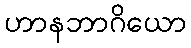
ဟာနဘာဂိယော